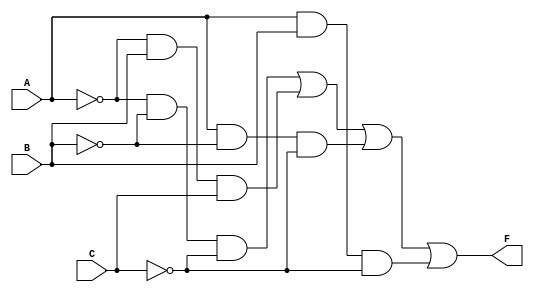
module k_map_comb_logic (
    input wire A,    // Input variable A
    input wire B,    // Input variable B
    input wire C,    // Input variable C
    output wire F    // Output of the combinational logic
);

// K-map implementation for three variables A, B, and C
// The mapping corresponds to the following minterms:
// Cell positions (A, BC):
// 00 (A=0, B=0, C=0) - m0
// 01 (A=0, B=0, C=1) - m1
// 11 (A=0, B=1, C=1) - m3
// 10 (A=0, B=1, C=0) - m2
// 00 (A=1, B=0, C=0) - m4
// 01 (A=1, B=0, C=1) - m5
// 11 (A=1, B=1, C=1) - m7
// 10 (A=1, B=1, C=0) - m6

// Example K-map definition (you can modify this based on your specific truth table):
// F = A'C' + A'BC + AB'C' + ABC
assign F = (~A & ~B & ~C) | (~A & B & C) | (A & ~B & ~C) | (A & B & ~C);

endmodule